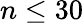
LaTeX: n\leq 30